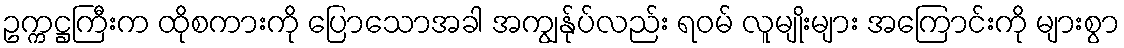
ဥက္ကဋ္ဌကြီးက ထိုစကားကို ပြောသောအခါ အကျွန်ုပ်လည်း ရဝမ် လူမျိုးများ အကြောင်းကို များစွာ